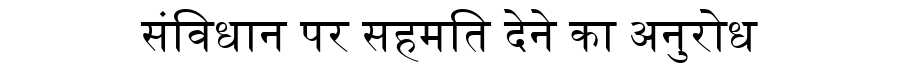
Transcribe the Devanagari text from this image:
संविधान पर सहमति देने का अनुरोध